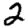
Digit: 2